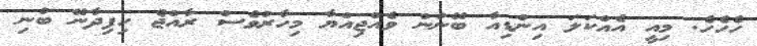
ހެހެހެ. މިއީ އެއްކަލަ އިންޑިއާ ބޭނުން ވެއްޖިއްޔާ މިހާރުވެސް ރާއްޖެ ހިފިދާނޭ ބުނި